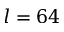
l = 6 4